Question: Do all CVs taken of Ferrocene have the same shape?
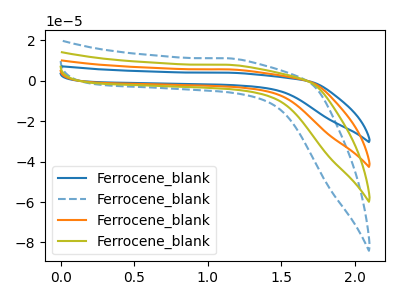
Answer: <think>The blue curve "Ferrocene_blank1" has no peaks. The blue dashed curve "Ferrocene_blank2" has no peaks. The orange curve "Ferrocene_blank3" has no peaks. The olive curve "Ferrocene_blank4" has no peaks.
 Neither "Ferrocene_blank1" or "Ferrocene_blank2" have any peaks. Neither "Ferrocene_blank1" or "Ferrocene_blank3" have any peaks. Neither "Ferrocene_blank1" or "Ferrocene_blank4" have any peaks. Neither "Ferrocene_blank2" or "Ferrocene_blank3" have any peaks. Neither "Ferrocene_blank2" or "Ferrocene_blank4" have any peaks. Neither "Ferrocene_blank3" or "Ferrocene_blank4" have any peaks.</think>
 <answer>All the CV's of "Ferrocene" have similar shape.</answer>
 <eval>follow_rule</eval>